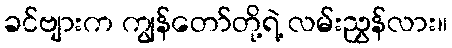
ခင်ဗျားက ကျွန်တော်တို့ရဲ့ လမ်းညွှန်လား။